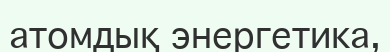
атомдық энергетика,